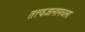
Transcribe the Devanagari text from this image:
तत्त्वज्ञानामधला